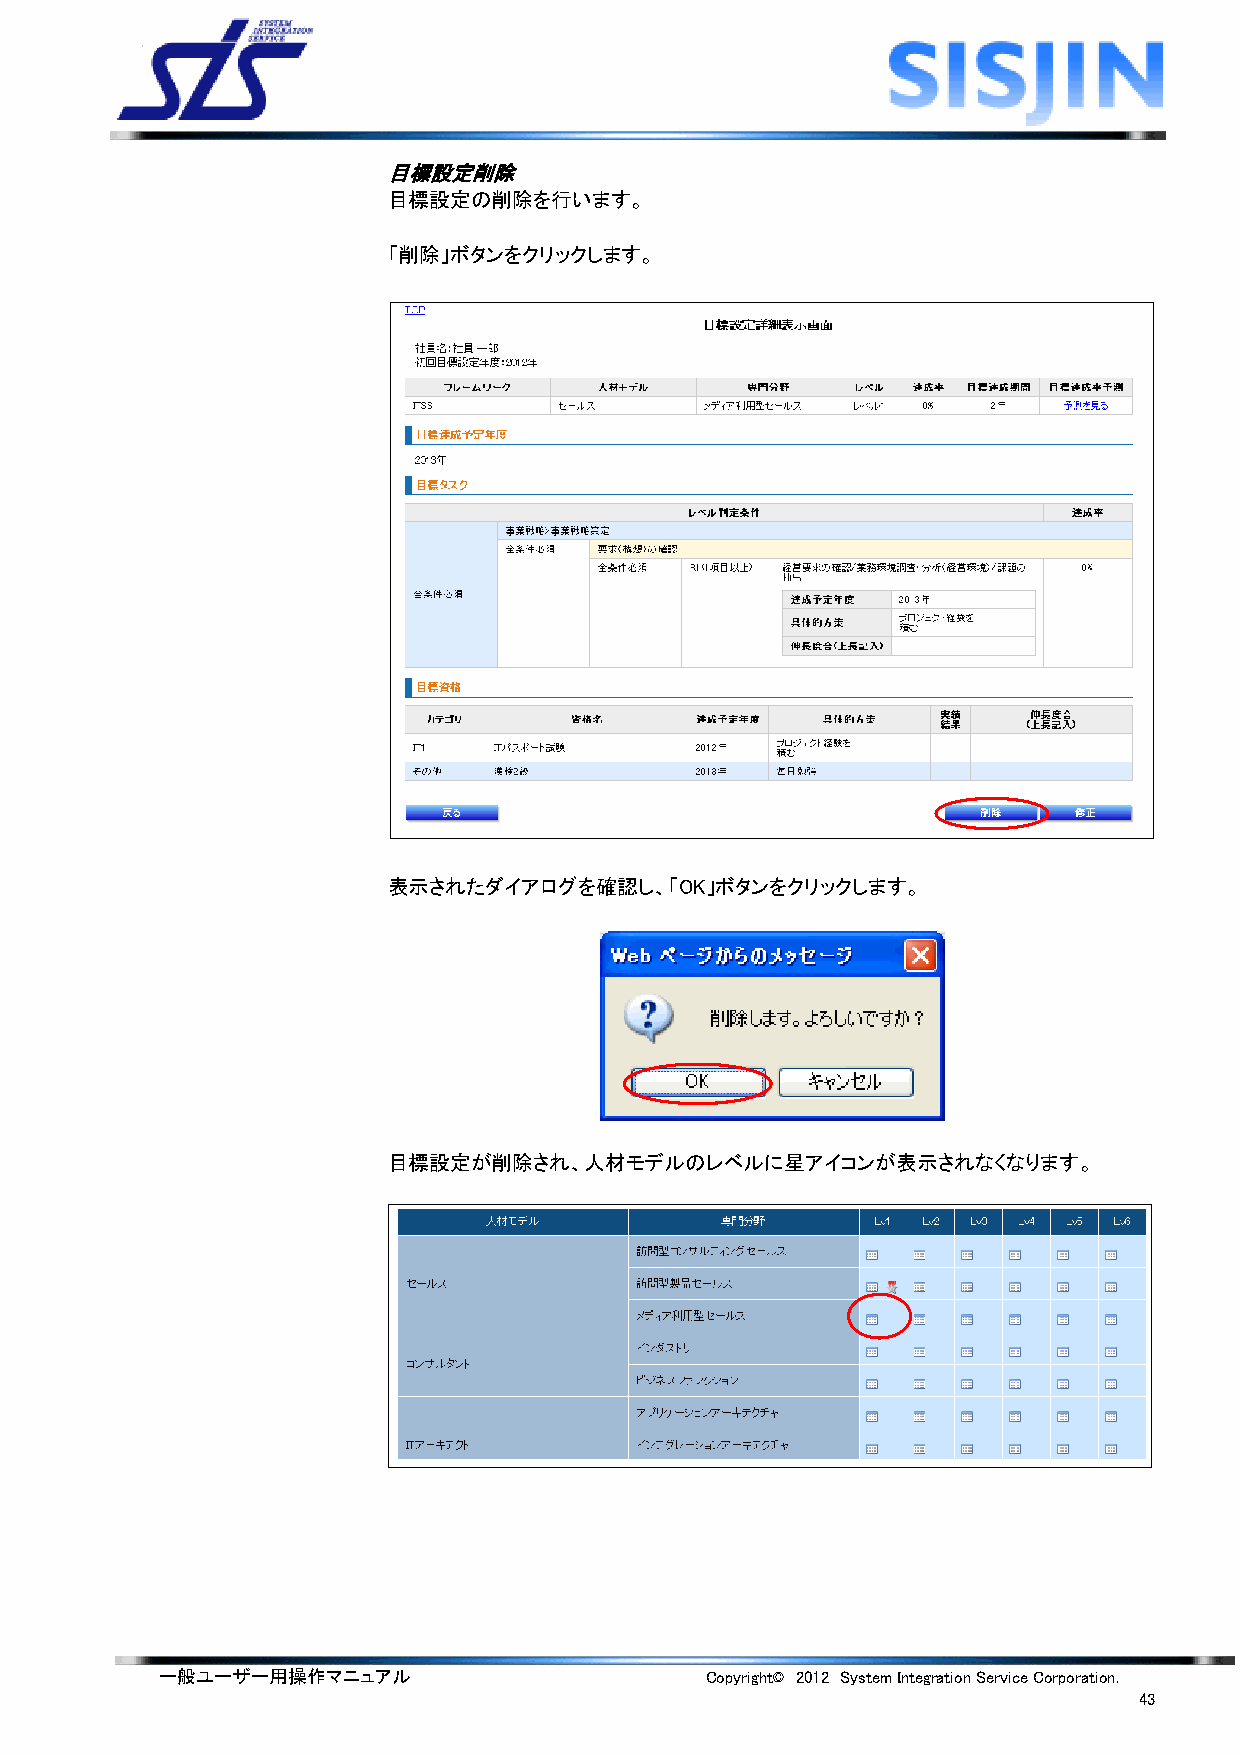
目標設定削除
 目標設定の削除を行います。
 「削除」ボタンをクリックします。
 表示されたダイアログを確認し、「OK」ボタンをクリックします。
 目標設定が削除され、人材モデルのレベルに星アイコンが表示されなくなります。
 一般ユーザー用操作マニュアル                      Copyright© 2012 System Integration Service Corporation.
 43